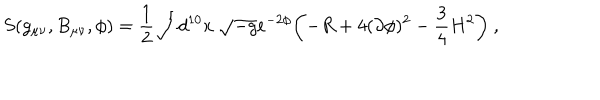
S ( g _ { \mu \nu } , B _ { \mu \nu } , \phi ) = { \frac { 1 } { 2 } } \int d ^ { 1 0 } x \ \sqrt { - g } e ^ { - 2 \phi } \biggl ( - R + 4 ( \partial \phi ) ^ { 2 } - { \frac { 3 } { 4 } } H ^ { 2 } \biggr ) \ ,